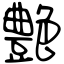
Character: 艶